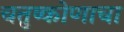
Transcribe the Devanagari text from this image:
चतुष्कोणाचा